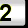
Digit: 2